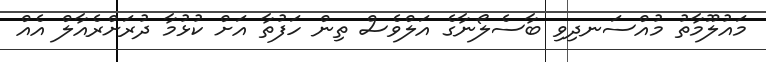
މައުލޫމާތު މުއްސަނދިވި ބާސެލޯނާގެ އަލްވެސް ތިން ހަފުތާ އަށް ކުޅުމާ ދުރަށްރެއާލް އެއް